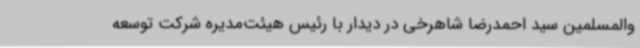
‌والمسلمین سید احمدرضا شاهرخی در دیدار با رئیس هیئت‌مدیره شرکت توسعه